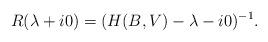
LaTeX: \begin{align*} R(\lambda+i0)= (H(B, V)-\lambda-i0)^{-1}.\end{align*}